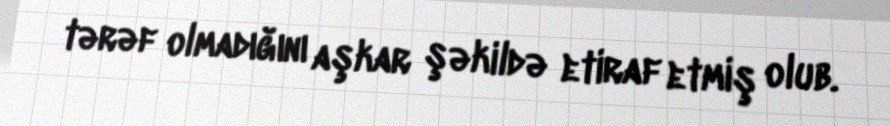
tərəf olmadığını aşkar şəkildə etiraf etmiş olub.